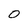
Character: 0